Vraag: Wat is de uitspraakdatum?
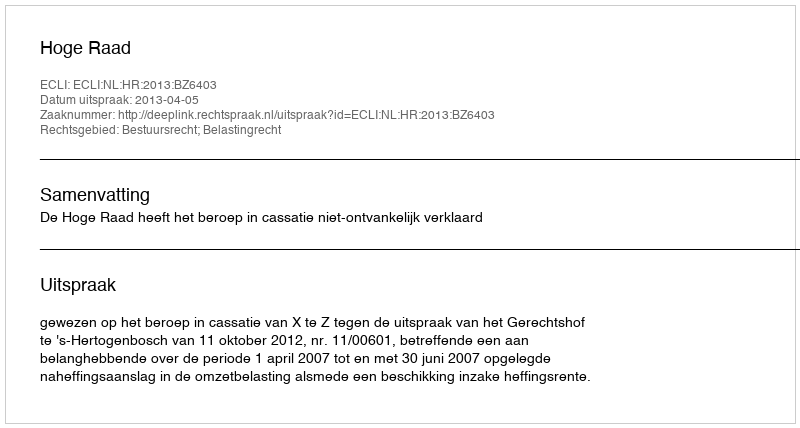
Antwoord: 2013-04-05